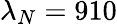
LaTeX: \lambda_{N}=910